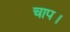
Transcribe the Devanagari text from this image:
चाप।